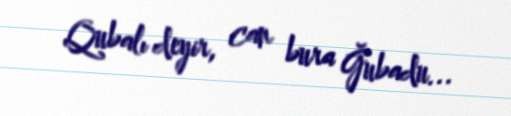
Qubalı deyir, can bura Ğubadu...